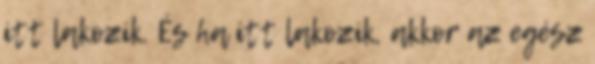
itt lakozik. És ha itt lakozik, akkor az egész